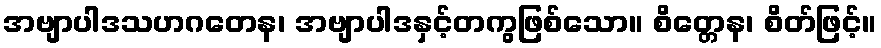
အဗျာပါဒသဟဂတေန၊ အဗျာပါဒနှင့်တကွဖြစ်သော။ စိတ္တေန၊ စိတ်ဖြင့်။